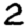
Digit: 2